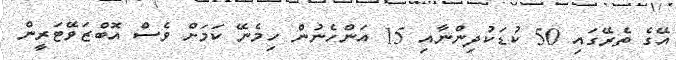
އޭގެ ތެރޭގައި 50 ކުޑަކުދިންނާއި 15 އަންހެނުން ހިމެނޭ ކަމަށް ވެސް އޮބްޒަވޭޓަރީން